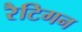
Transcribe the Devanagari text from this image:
रैटिगन